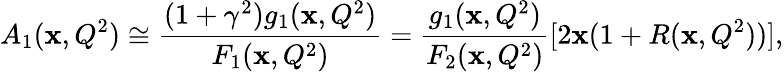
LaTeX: A_{1}(\mathbf{x},Q^{2})\cong\frac{{(1+\gamma^{2})g_{1}(\mathbf{x},Q^{2})}}{{F_{1}(\mathbf{x},Q^{2})}}=\frac{{g_{1}(\mathbf{x},Q^{2})}}{{F_{2}(\mathbf{x},Q^{2})}}[2\mathbf{x}(1+R(\mathbf{x},Q^{2}))],